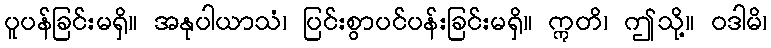
ပူပန်ခြင်းမရှိ။ အနုပါယာသံ၊ ပြင်းစွာပင်ပန်းခြင်းမရှိ။ ဣတိ၊ ဤသို့။ ဝဒါမိ၊